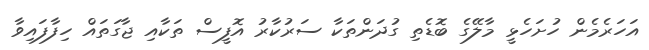
އަހަރެމެން ހުށަހެޅީ މާލޭގެ ބޮޑެތި ގުދަންތަކާ ސަރުކާރު އޮފީސް ތަކާއި ޖާގަތައް ހިފާފައިވާ